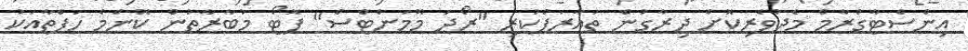
އިންސްޓާގްރާމް މެދުވެރިކޮށް ދިރާގުން ތައާރަފްކުރި "ރޯދަ މޫމަންޓްސް" ފޮޓޯ މުބާރާތުން ކޮންމެ ހަފްތާއަކު